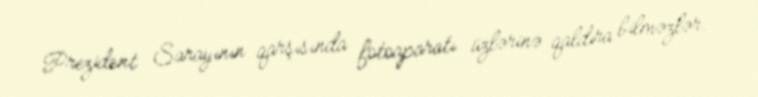
Prezident Sarayının qarşısında fotoaparatı üzlərinə qaldıra bilməzlər.